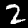
Digit: 2